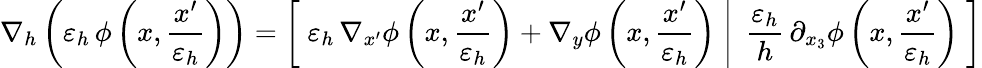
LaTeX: \nabla_{h}\left({\varepsilon_{h}}\, \phi\left(x,\frac{x^{\prime}}{{\varepsilon_{h}}}\right)\right)=\left[\; {\varepsilon_{h}}\, \nabla_{x^{\prime}}\phi\left(x,\frac{x^{\prime}}{{\varepsilon_{h}}}\right)+\nabla_{y}\phi\left(x,\frac{x^{\prime}}{{\varepsilon_{h}}}\right)\; \right|\left.\; \frac{{\varepsilon_{h}}}{h}\, \partial_{x_{3}}\phi\left(x,\frac{x^{\prime}}{{\varepsilon_{h}}}\right)\; \right]